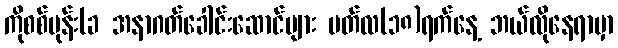
ကိုစစ်မုန်း(ခ အနာဂတ်ခေါင်းဆောင်များ မတ်လ(၁၈)ရက်နေ့ ဘယ်လိုနေရာမှာ